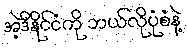
အဲ့ဒီနိုင်ငံကို ဘယ်လိုပုံစံနဲ့